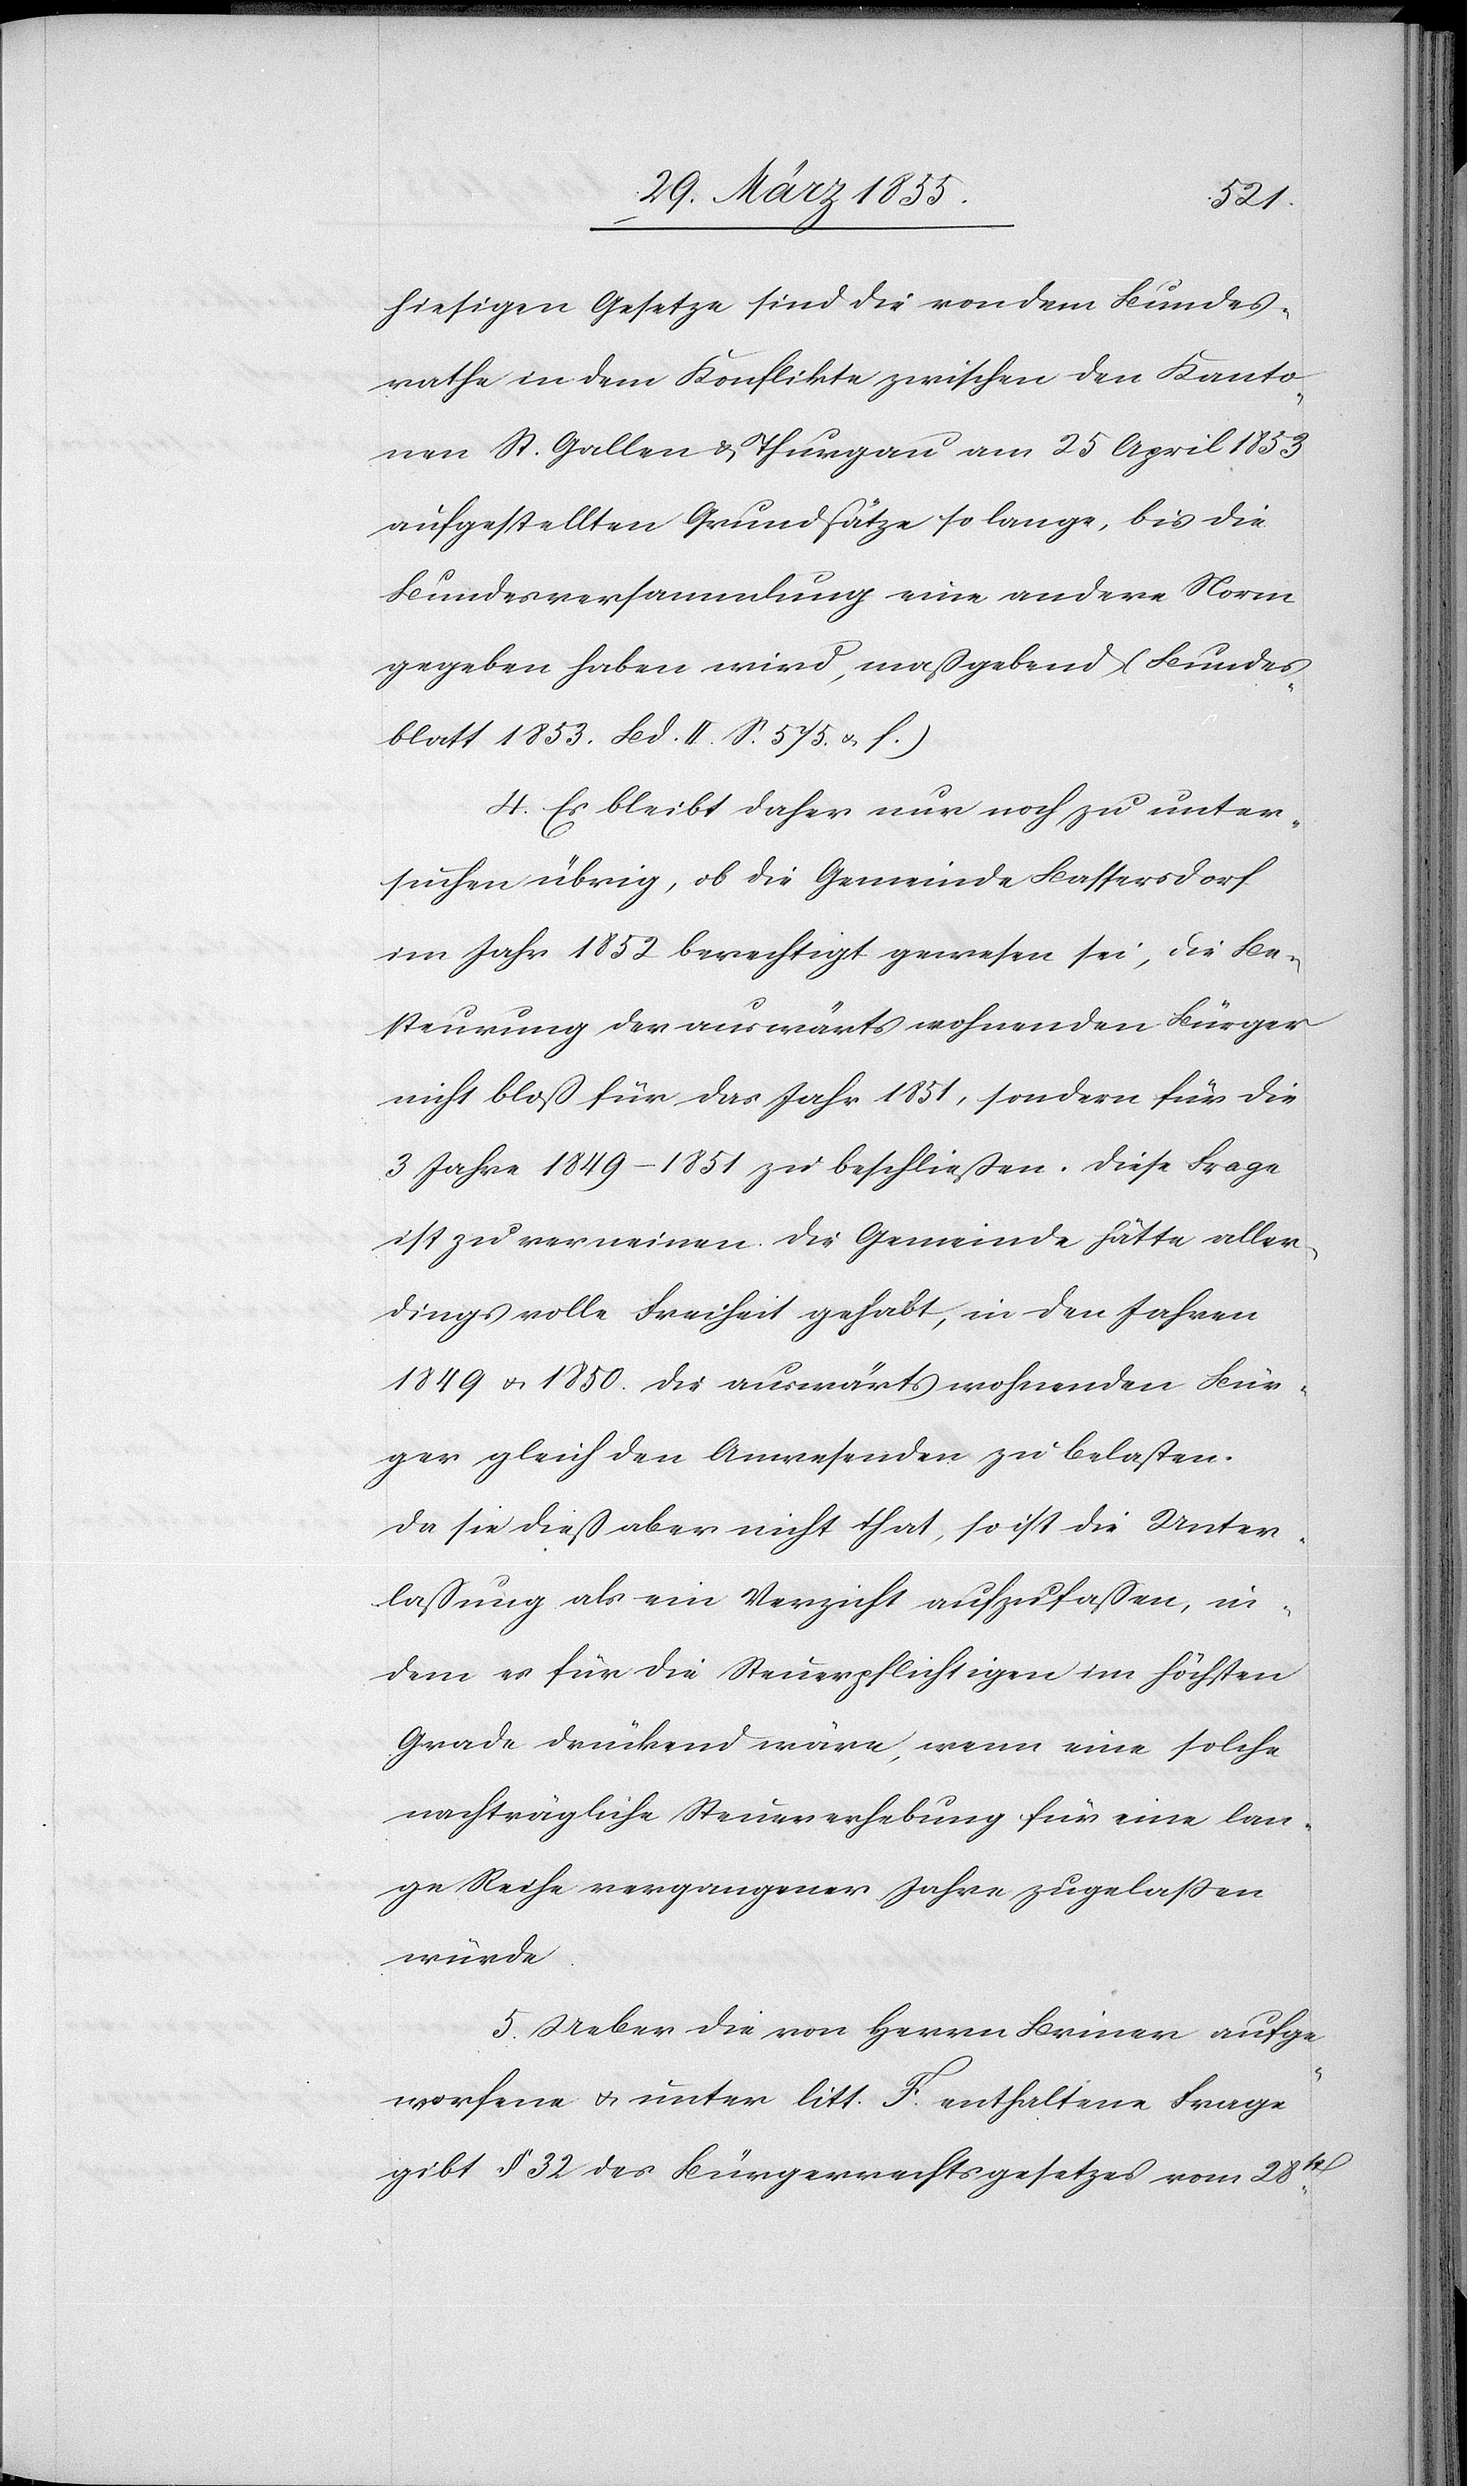
hiesigen Gesetze sind die von dem Bundes¬
rathe in dem Konflikte zwischen den Kanto¬
nen St. Gallen & Thurgau am 25 April 1853
aufgestellten Grundsätze so lange, bis die
Bundesversammlung eine andere Norm
gegeben haben wird, maßgebend (Bundes¬
blatt 1853. Bd. II. S. 575. & f.)
4. Es bleibt daher nur noch zu unter¬
suchen übrig, ob die Gemeinde Bassersdorf
im Jahr 1852 berechtigt gewesen sei, die Be¬
steurung der auswärts wohnenden Bürger
nicht bloß für das Jahr 1851, sondern für die
3 Jahre 1849–1851 zu beschließen. Diese Frage
ist zu verneinen. Die Gemeinde hätte aller¬
dings volle Freiheit gehabt, in den Jahren
1849 & 1850. die auswärts wohnenden Bür¬
ger gleich den Anwesenden zu belasten.
Da sie dieß aber nicht that, so ist die Unter¬
laßung als ein Verzicht aufzufaßen, in¬
dem es für die Steuerpflichtigen im höchsten
Grade drückend wäre, wenn eine solche
nachträgliche Steuererhebung für eine lan¬
ge Reihe vergangener Jahre zugelassen
würde.
5. Ueber die von Herrn Briner aufge¬
worfene & unter litt. F. enthaltene Frage
gibt § 32 des Bürgerrechtsgesetzes vom 28st.